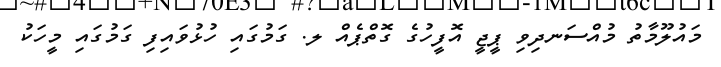
މައުލޫމާތު މުއްސަނދިވި ޕީޖީ އޮފީހުގެ ގޮތްޕެއް ލ. ގަމުގައި ހުޅުވައިފި ގަމުގައި މީހަކު